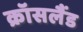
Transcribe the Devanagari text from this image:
क्रॉसलैंड